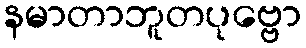
နမာတာဘူတပုဗ္ဗော